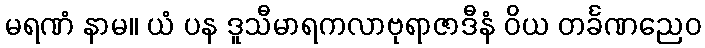
မရဏံ နာမ။ ယံ ပန ဒူသီမာရကလာဗုရာဇာဒီနံ ဝိယ တင်္ခဏညေဝ